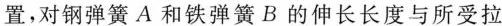
置，对钢弹簧A和铁弹簧B的伸长长度与所受拉